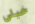
خيالي